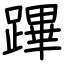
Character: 蹕